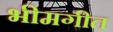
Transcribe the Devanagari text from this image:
भीमगीत